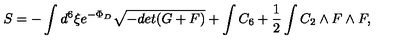
S = - \int d ^ { 6 } \xi e ^ { - \Phi _ { D } } \sqrt { - d e t ( G + F ) } + \int C _ { 6 } + { \frac { 1 } { 2 } } \int C _ { 2 } \wedge F \wedge F ,